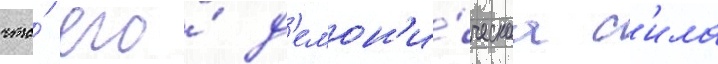
что́ его́ д'емон'и́ческаа с'ила